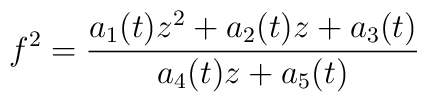
f^2 = \frac{a_1 (t) z^2 + a_2 (t) z + a_3 (t)}{a_4 (t) z + a_5 (t)}